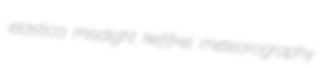
elastica misdight kefifrel meteorography